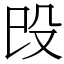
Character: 㱼